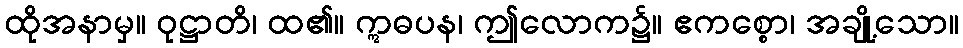
ထိုအနာမှ။ ဝုဋ္ဌာတိ၊ ထ၏။ ဣဓပန၊ ဤလောက၌။ ဧကစ္စော၊ အချို့သော။